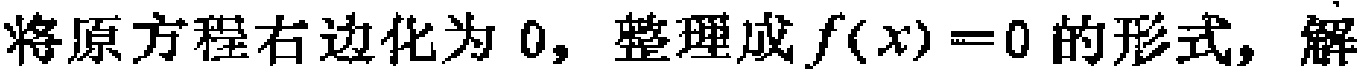
将原方程右边化为 0，整理成 \(f(x)=0\) 的形式，解